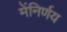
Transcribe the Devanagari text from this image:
मेंनिर्णय